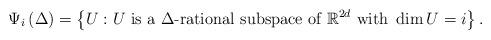
LaTeX: \begin{align*}\Psi_{i}\left(\Delta\right)=\left\{ U:U\textrm{ is a }\Delta\textrm{-rational subspace of }\mathbb{R}^{2d}\textrm{ with }\dim U=i\right\} .\end{align*}